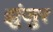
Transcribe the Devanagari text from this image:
झुंजुर